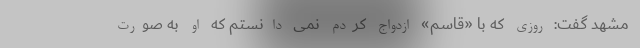
مشهد گفت: روزی که با «قاسم» ازدواج کردم نمی دانستم که او به صورت